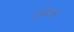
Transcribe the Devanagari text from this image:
दमिश्‍क